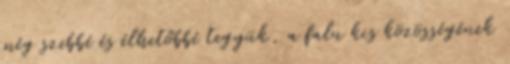
még szebbé és élhetőbbé tegyük, a falu kis közösségének